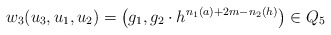
\begin{align*}w_3(u_3,u_1,u_2)=\left(g_1,g_2\cdot h^{n_1(a)+2m-n_2(h)}\right)\in Q_5 \end{align*}